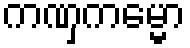
ကဏှကမ္မော